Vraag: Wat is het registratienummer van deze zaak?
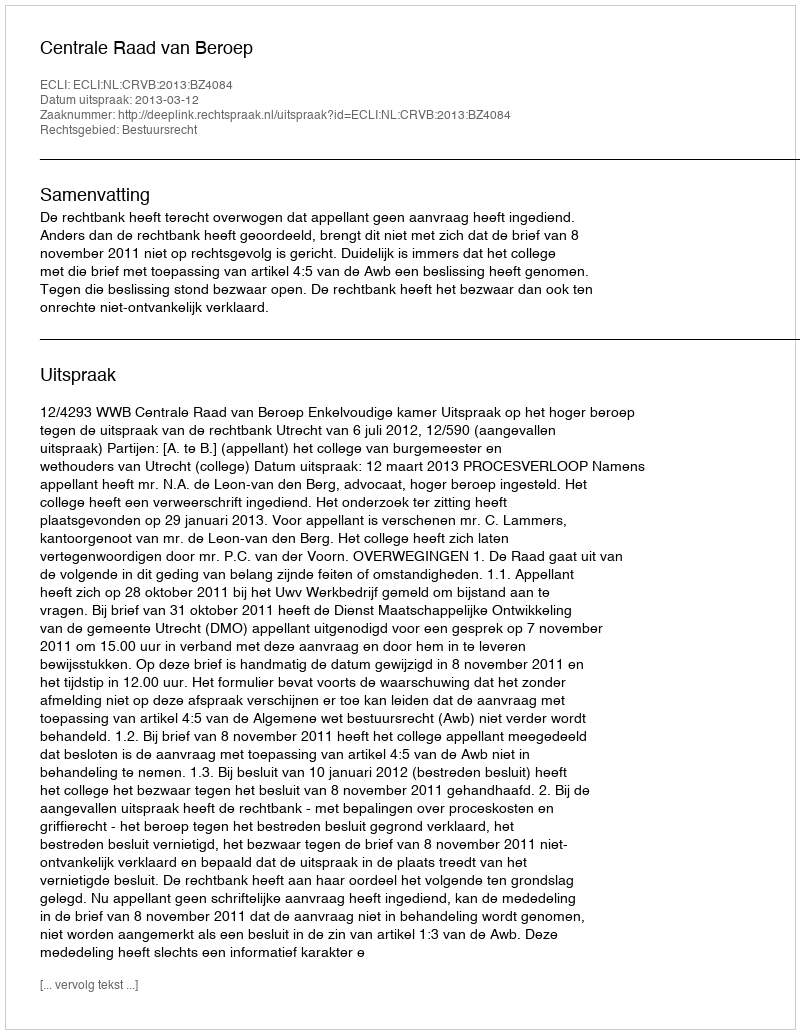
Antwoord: http://deeplink.rechtspraak.nl/uitspraak?id=ECLI:NL:CRVB:2013:BZ4084